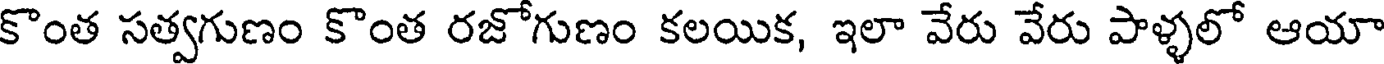
కొంత సత్వగుణం కొంత రజోగుణం కలయిక, ఇలా వేరు వేరు పాళ్ళలో ఆయా